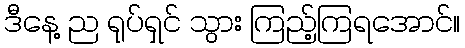
ဒီနေ့ ည ရုပ်ရှင် သွား ကြည့်ကြရအောင်။